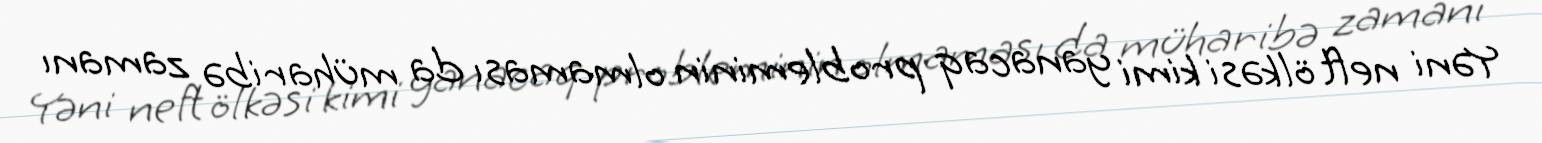
Yəni neft ölkəsi kimi yanacaq probleminin olmaması da müharibə zamanı